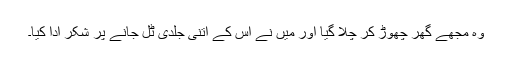
وہ مجھے گھر چھوڑ کر چلا گیا اور میں نے اس کے اتنی جلدی ٹل جانے پر شکر ادا کیا۔